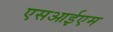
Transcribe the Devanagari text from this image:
एसआईएम